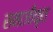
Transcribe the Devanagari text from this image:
समाजीकृत